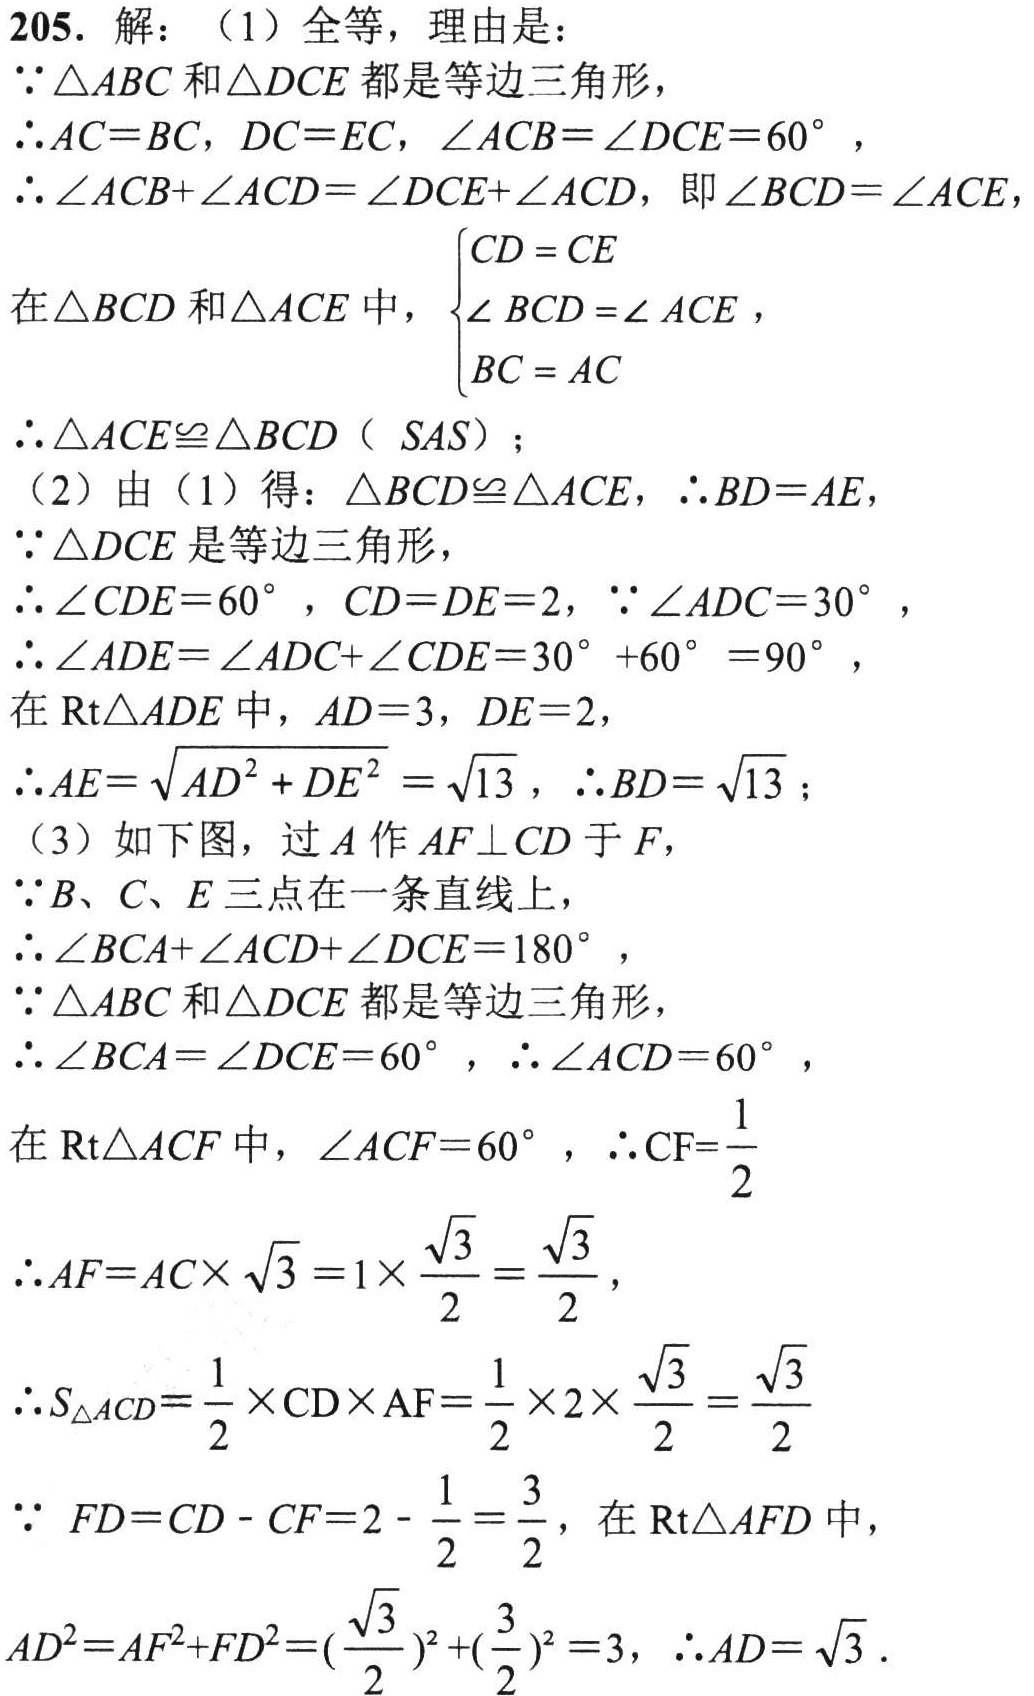
205. 解：

（1）全等，理由是：

因为\(\triangle ABC\)和\(\triangle DCE\)都是等边三角形，

所以\(AC = BC\)，\(DC = EC\)，\(\angle ACB=\angle DCE = 60^{\circ}\)，

所以\(\angle ACB+\angle ACD=\angle DCE+\angle ACD\)，即\(\angle BCD=\angle ACE\)，

在\(\triangle BCD\)和\(\triangle ACE\)中，\(\begin{cases}CD = CE\\\angle BCD=\angle ACE\\BC = AC\end{cases}\)，

所以\(\triangle ACE\cong\triangle BCD\)（\(SAS\)）；

（2）由（1）得：\(\triangle BCD\cong\triangle ACE\)，所以\(BD = AE\)，

因为\(\triangle DCE\)是等边三角形，

所以\(\angle CDE = 60^{\circ}\)，\(CD = DE = 2\)，因为\(\angle ADC = 30^{\circ}\)，

所以\(\angle ADE=\angle ADC+\angle CDE = 30^{\circ}+60^{\circ}=90^{\circ}\)，

在\(Rt\triangle ADE\)中，\(AD = 3\)，\(DE = 2\)，

所以\(AE=\sqrt{AD^{2}+DE^{2}}=\sqrt{13}\)，所以\(BD=\sqrt{13}\)；

（3）如下图，过\(A\)作\(AF\perp CD\)于\(F\)，

因为\(B\)、\(C\)、\(E\)三点在一条直线上，

所以\(\angle BCA+\angle ACD+\angle DCE = 180^{\circ}\)，

因为\(\triangle ABC\)和\(\triangle DCE\)都是等边三角形，

所以\(\angle BCA=\angle DCE = 60^{\circ}\)，所以\(\angle ACD = 60^{\circ}\)，

在\(Rt\triangle ACF\)中，\(\angle ACF = 60^{\circ}\)，所以\(CF=\frac{1}{2}\)

所以\(AF = AC\times\sqrt{3}=1\times\frac{\sqrt{3}}{2}=\frac{\sqrt{3}}{2}\)，

所以\(S_{\triangle ACD}=\frac{1}{2}\times CD\times AF=\frac{1}{2}\times2\times\frac{\sqrt{3}}{2}=\frac{\sqrt{3}}{2}\)

因为\(FD = CD - CF=2-\frac{1}{2}=\frac{3}{2}\)，在\(Rt\triangle AFD\)中，

\(AD^{2}=AF^{2}+FD^{2}=(\frac{\sqrt{3}}{2})^{2}+(\frac{3}{2})^{2}=3\)，所以\(AD=\sqrt{3}\)。